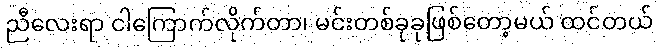
ညီလေးရာ ငါကြောက်လိုက်တာ၊ မင်းတစ်ခုခုဖြစ်တော့မယ် ထင်တယ်